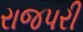
રાજપરી